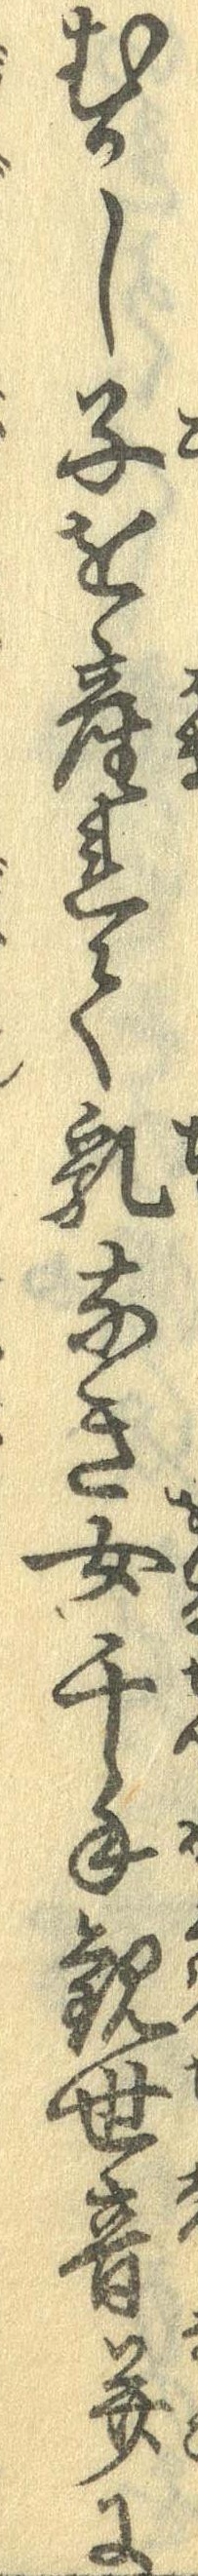
むかし子を産れて乳なき女千手観世音並に